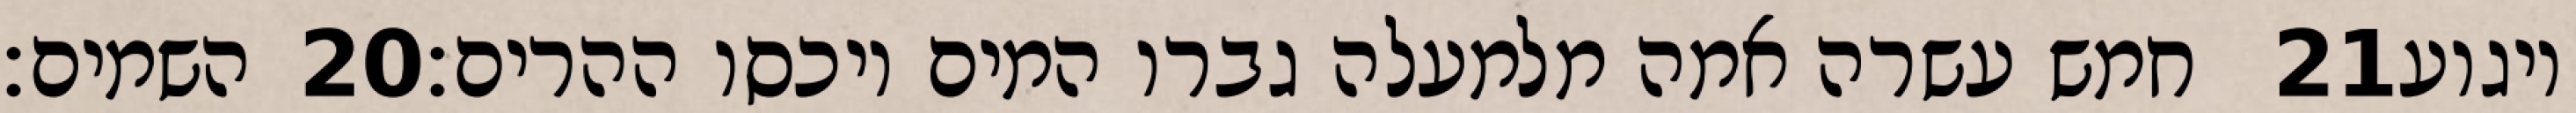
השמים׃ ‎20‏ חמש עשרה אמה מלמעלה גברו המים ויכסו ההרים׃ ‎21‏ ויגוע